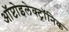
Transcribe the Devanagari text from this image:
ऑप्टोइलेक्ट्रॉनिक